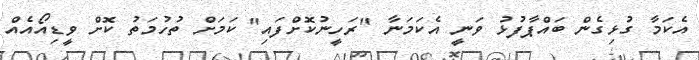
އެކަމާ ގުޅިގެން ބައްޕާފުޅު ވަނީ އެކަމަނާ "ރަހީނުކޮށްފައި" ކަމަށް ތުހުމަތު ކޮށް ވީޑިއޯއެއް